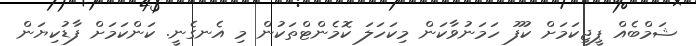
ޝަމްބެއް ޕީޖީކަމަށް ކުފޫ ހަމަނުވާކަން މިކަހަލަ ކޮމެންޓްތަކުން މި އެނގެނީ. ކަންކަމަށް ފާޑުކިޔަން